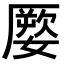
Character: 𡡕